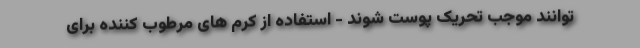
توانند موجب تحریک پوست شوند - استفاده از کرم های مرطوب کننده برای